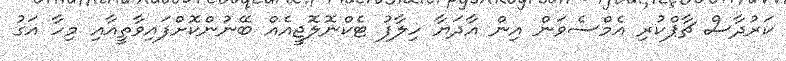
ކަރުދާސް ޗާޕްކުރި އެމްސެވަން އިން އާދަޔާ ހިލާފު ޓެކްނޮލޮޖީއެއް ބޭނުންކޮށްފައިވާތީއާއި މިހާ އަގު